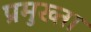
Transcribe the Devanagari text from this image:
प्रमुख्ता